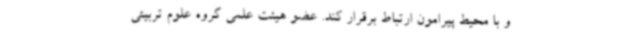
و با محیط پیرامون ارتباط برقرار کند. عضو هیئت علمی گروه علوم تربیتی